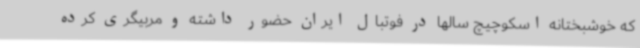
که خوشبختانه اسکوچیچ سالها در فوتبال ایران حضور داشته و مربیگری کرده